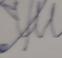
Signature authenticity: forged